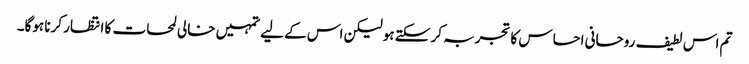
تم اس لطیف روحانی احساس کا تجربہ کر سکتے ہو لیکن اس کے لیے تمہیں خالی لمحات کا انتظار کرنا ہوگا۔